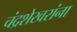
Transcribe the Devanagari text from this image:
चंद्रशेखरांना